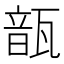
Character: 𩐛